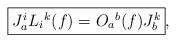
LaTeX: \begin{align*}\fbox{$J_{a}^{i} L_{i}{}^{k}(f) = O_{a}{}^{b}(f) J_{b}^{k}$},\end{align*}